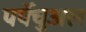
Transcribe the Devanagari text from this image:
पर्पेचुअल